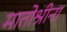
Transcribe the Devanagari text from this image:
मातोश्रीना